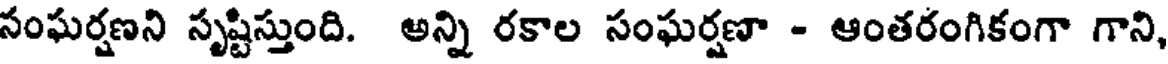
సంఘర్షణని సృష్టిస్తుంది. అన్ని రకాల సంఘర్షణా - ఆంతరంగికంగా గాని,